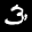
Label: 3